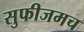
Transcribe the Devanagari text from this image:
सुफीजमच